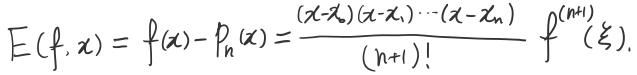
$E(f,x)=f(x)-P_n(x)=\frac{(x-x_0)(x-x_1)\cdots(x-x_n)}{(n + 1)!}f^{(n+1)}(\xi).$